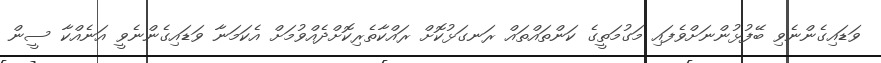
ވަޑައިގެންނެވި ބޭފުޅުންނަށްވެފައި މަގުމަތީގެ ކަންތައްތައް ރަނގަޅުކޮށް ރައްކާތެރިކޮށްދެއްވުމަށް އެކަމަނާ ވަޑައިގެންނެވީ އަނެއްކާ ސީން